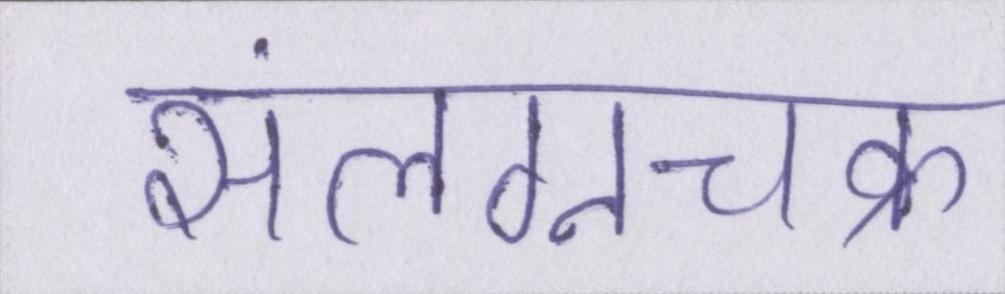
संलग्नचक्र